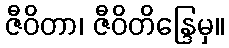
ဇီဝိတာ၊ ဇီဝိတိန္ဒြေမှ။